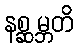
နစ္ဆမ္ဘတိ